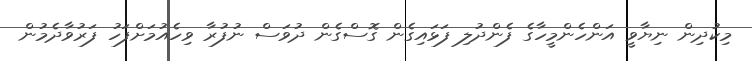
މިކުދިން ނިޔާވީ އަންހެންމީހާގެ ފެންދުލި ފަޅައިގެން ގޮސްގެން ދުވަސް ނުފުރާ ވިހެއުމަށްފަހު ފަރުވާދެމުން